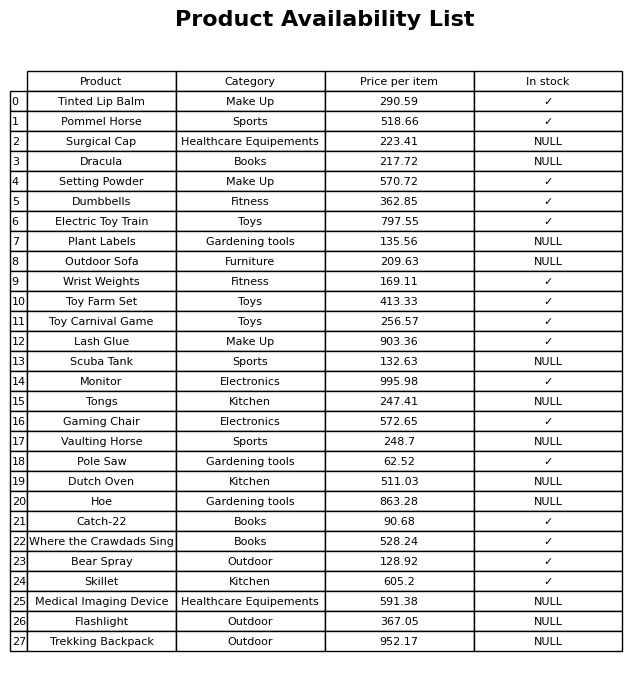
question: What category does the Pole Saw belong to?
answer: Gardening tools